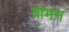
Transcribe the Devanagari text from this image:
बांभन